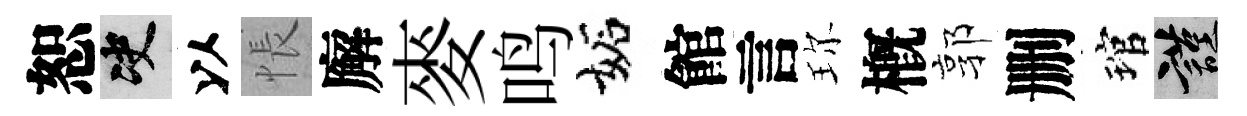
恕决以悵廨麥鸣妬館言珎槪郭删琯謹